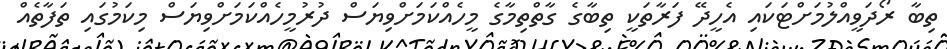
ތިބާ ރޯދަވީއްލުމަށްޓަކައި އެހީދޭ ފަރާތަކީ ތިބާގެ ގާތްތިމާގެ މީހެއްކަމަށްވިޔަސް ދުރުމީހެއްކަމަށްވިޔަސް މިކަމުގައި ތަފާތެއް